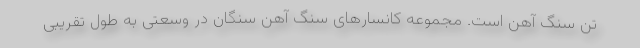
تن سنگ آهن است. مجموعه کانسارهای سنگ آهن سنگان در وسعتی به طول تقریبی